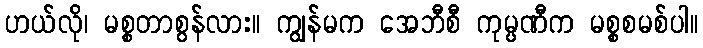
ဟယ်လို၊ မစ္စတာစွန်လား။ ကျွန်မက အေဘီစီ ကုမ္ပဏီက မစ္စစမစ်ပါ။